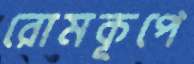
রোমকূপে